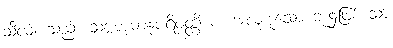
သီလံ၊ သည်။ သဗ္ဗဘူမာနုပရိဝတ္တိ စ၊ အလုံးစုံသော ဘုံ၌ဖြစ်သော